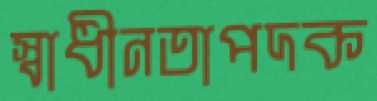
স্বাধীনতাপদক